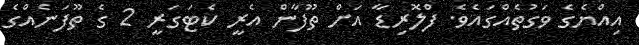
އިއްޔެގެ ވަގުތެއްގައެވެ. ފްލޮރިޑާ އަށް ތޫފާން އެރީ ކެޓަގަރީ 2 ގެ ތޫފަނެއްގެ